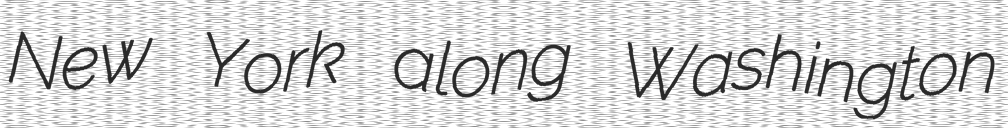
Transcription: New York along Washington